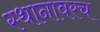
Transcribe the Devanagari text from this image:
स्थानावरच